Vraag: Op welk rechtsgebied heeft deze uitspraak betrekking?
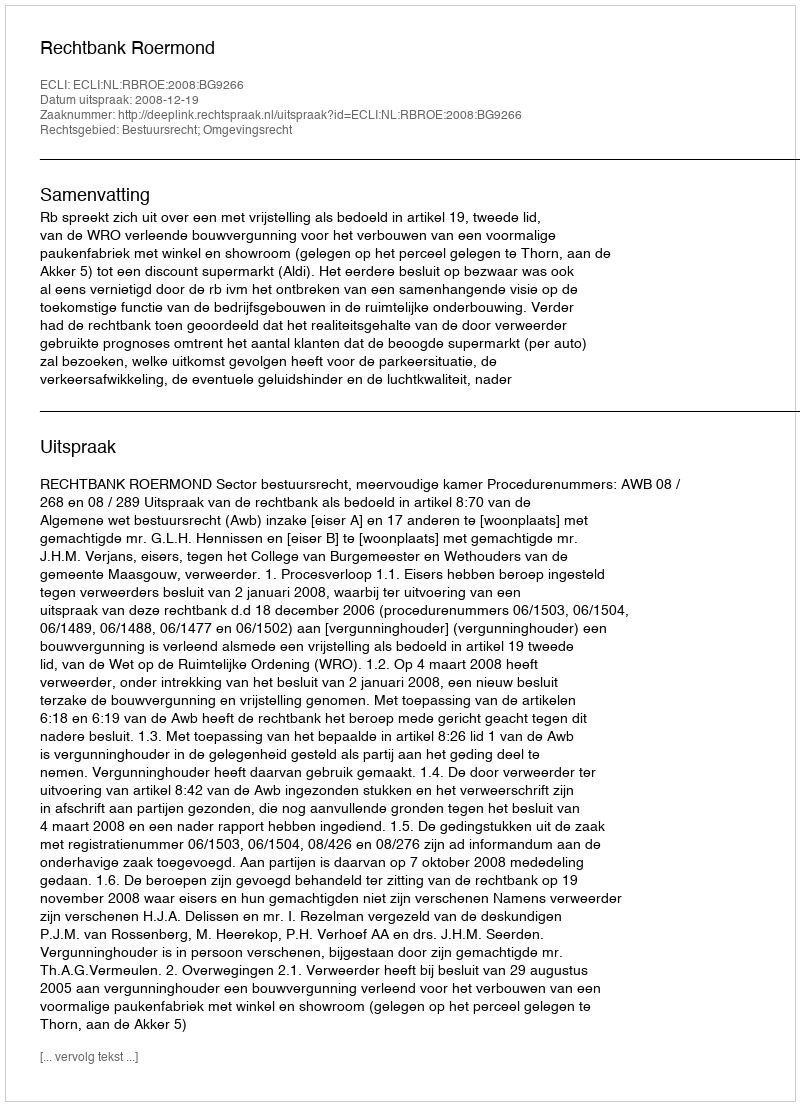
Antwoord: Bestuursrecht; Omgevingsrecht